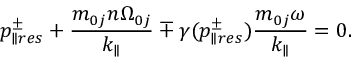
p _ { \parallel r e s } ^ { \pm } + \frac { m _ { 0 j } n \Omega _ { 0 j } } { k _ { \parallel } } \mp \gamma ( p _ { \parallel r e s } ^ { \pm } ) \frac { m _ { 0 j } \omega } { k _ { \parallel } } = 0 .